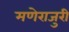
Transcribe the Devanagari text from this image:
मणेराजुरी